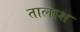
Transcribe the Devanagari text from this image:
तालाश